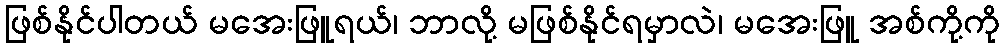
ဖြစ်နိုင်ပါတယ် မအေးဖြူရယ်၊ ဘာလို့ မဖြစ်နိုင်ရမှာလဲ၊ မအေးဖြူ အစ်ကို့ကို